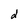
Character: d